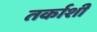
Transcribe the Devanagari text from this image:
तर्काशी